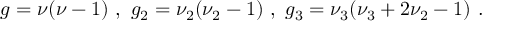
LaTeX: g = \nu ( \nu - 1 ) \ , \ g _ { 2 } = \nu _ { 2 } ( \nu _ { 2 } - 1 ) \ , \ g _ { 3 } = \nu _ { 3 } ( \nu _ { 3 } + 2 \nu _ { 2 } - 1 ) \ .